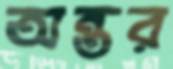
অন্তর